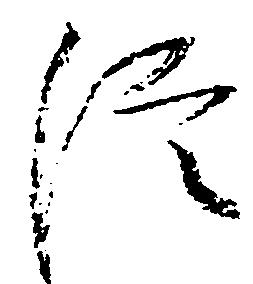
信